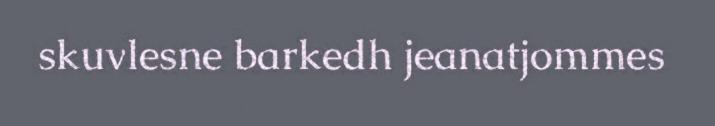
skuvlesne barkedh jeanatjommes